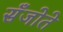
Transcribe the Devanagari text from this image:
सँजोते